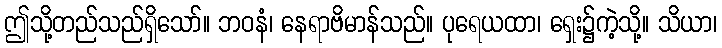
ဤသို့တည်သည်ရှိသော်။ ဘဝနံ၊ နေရာဗိမာန်သည်။ ပုရေယထာ၊ ရှေး၌ကဲ့သို့။ သိယာ၊